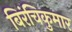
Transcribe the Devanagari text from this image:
बिरंचिकुमार